Bréfritari: Jakobína Jónsdóttir
Viðtakandi: Sólveig Jónsdóttir
Dagsetning: A-1869-11-18
Skrifað á: Hólmum  S-Múl.
systir bréfviðtakanda

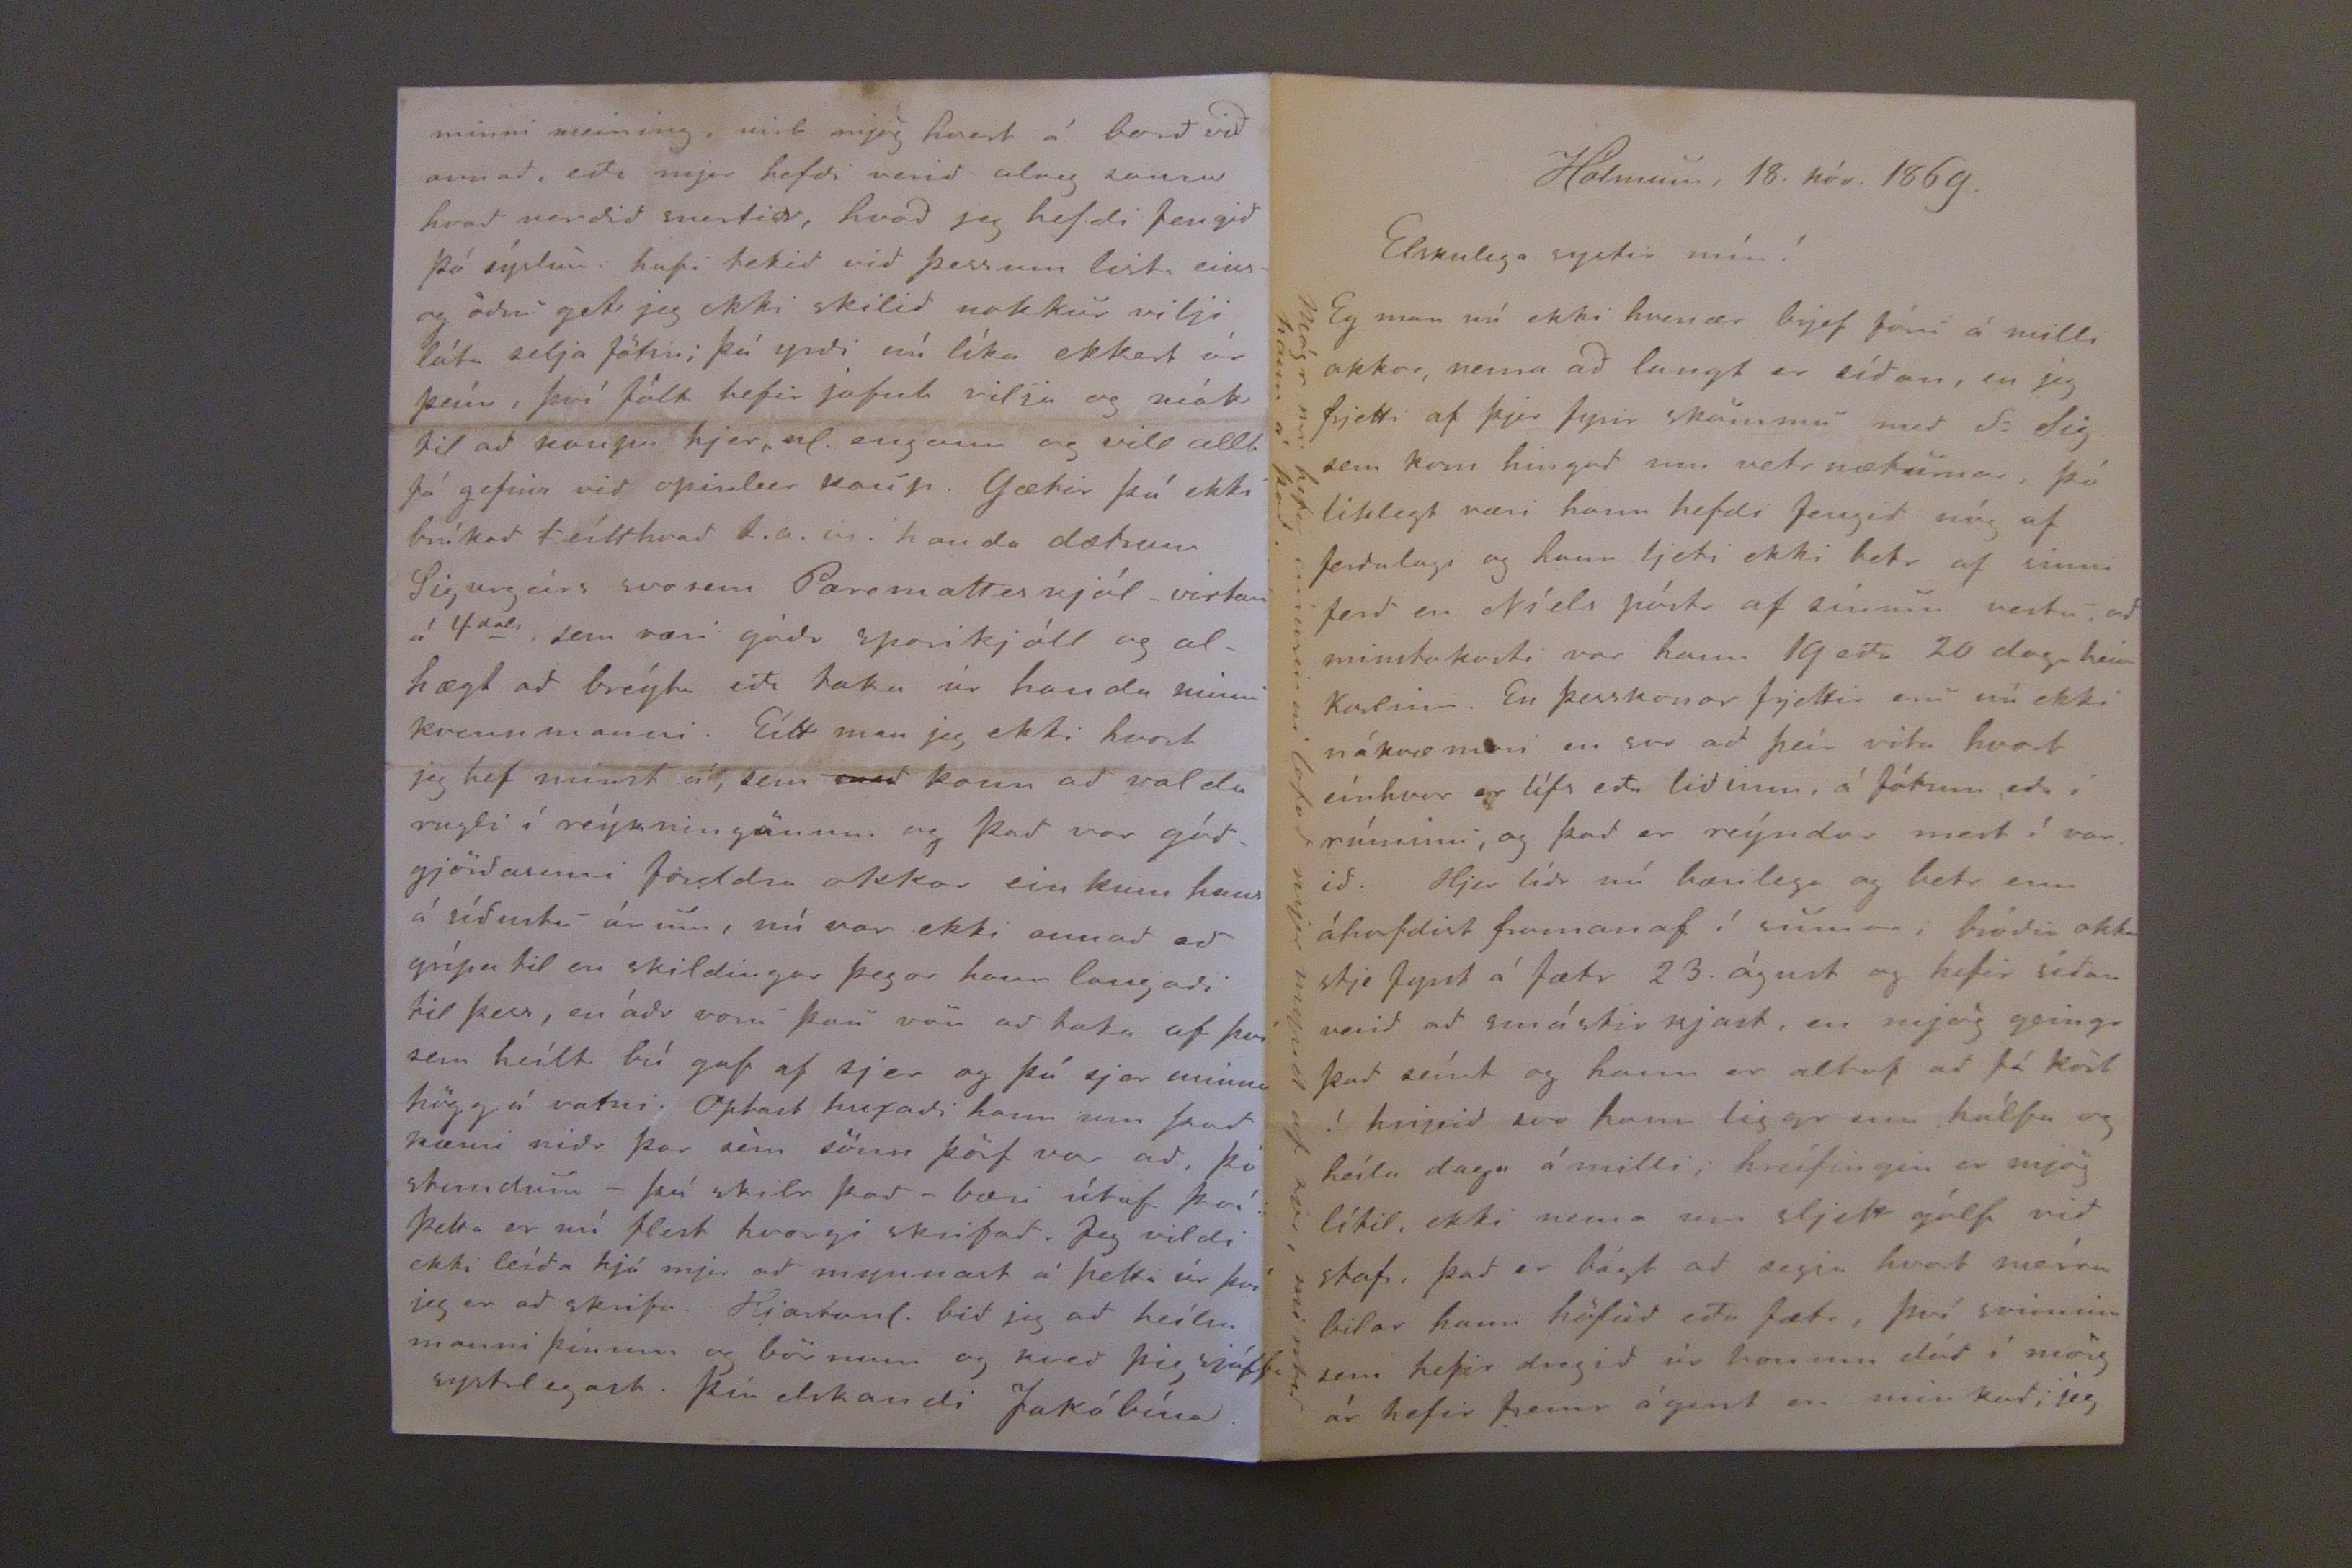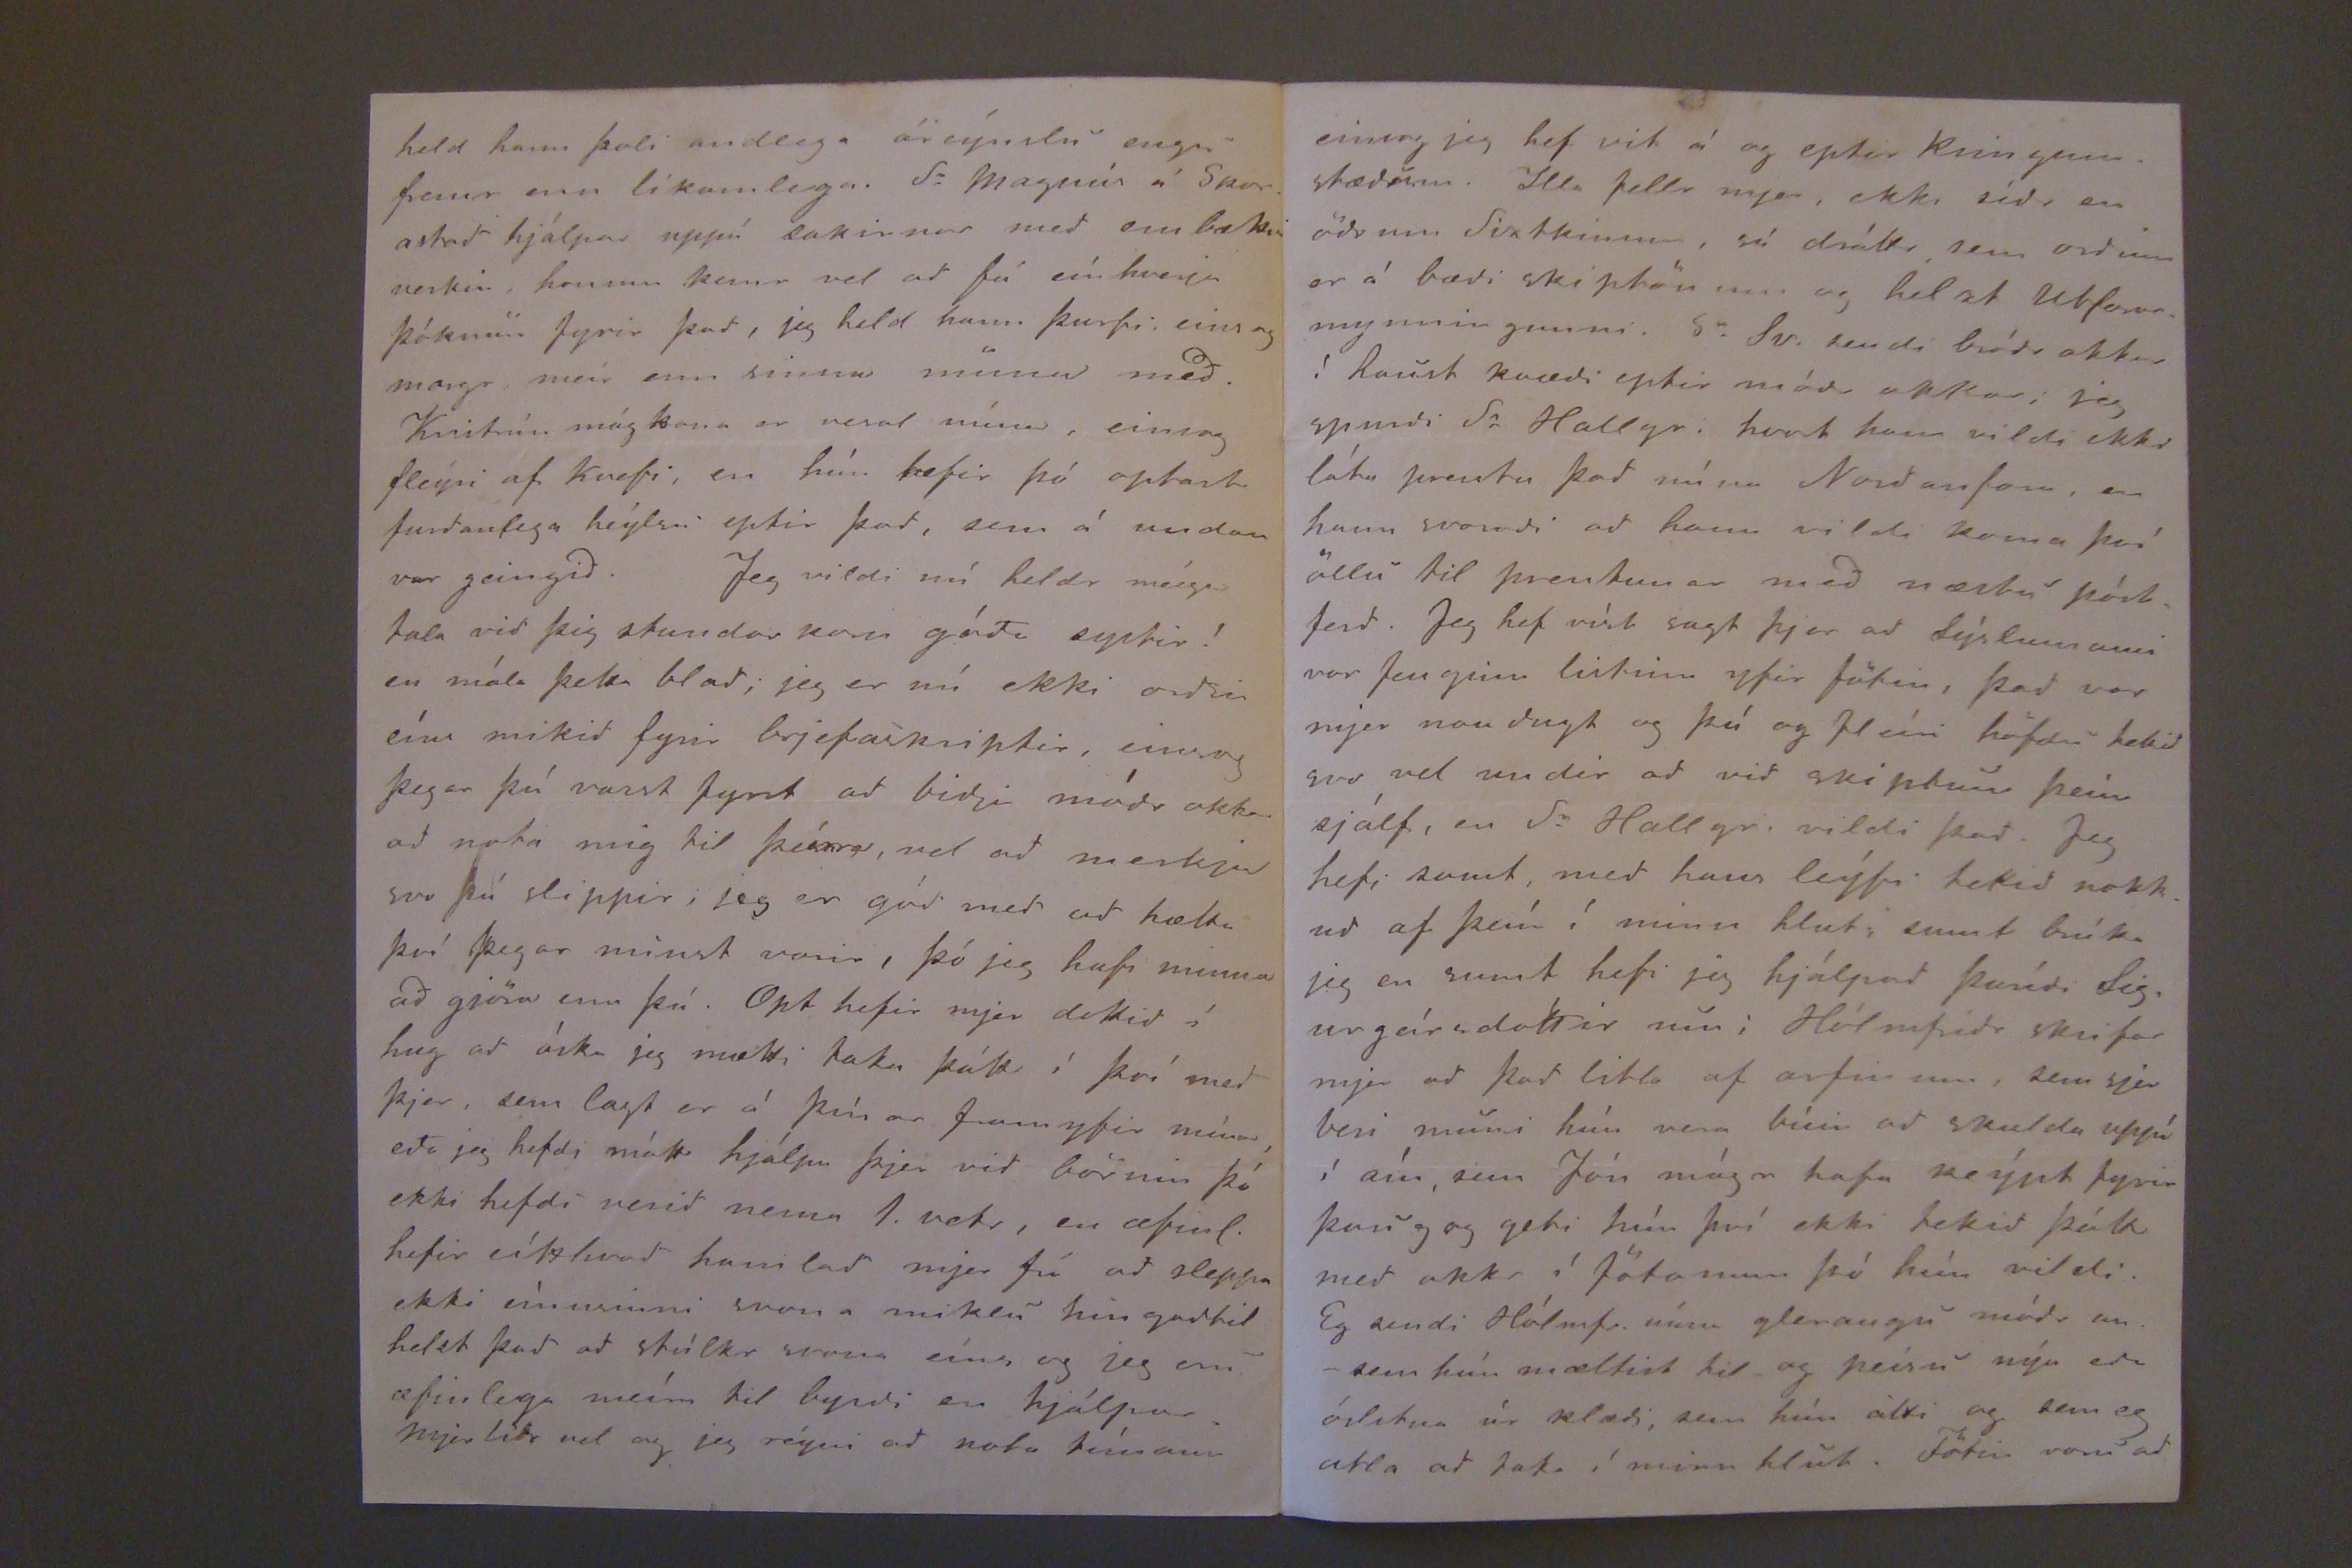

Hólmum, 18. nóv. 1869.
Elskulega systir mín!
Eg man nú ekki hvenær brjef fóru á milli okkar, nema ad langt er sídan, en jeg frjetti af þjer fyrir skömmu med Sr Sig. sem kom hingad um vetr næturnar, þó liklegt væri hann hefdi fengid nóg af ferdalagi og hann ljeti ekki betr af sinni ferd en Níels póstr af sínum vestu, ad minstakosti var hann 19 eda 20 daga heim Karlinn. En þesskonar frjettir eru nú ekki nákvæmari en svo ad þeír vita hvort eínhver er lífs eda lidinn, á fótum eda í rúminu, og þad er reýndar mest í varid. Hjer lídr nú bærilega og betr enn áhorfdist framanaf í sumar; bródir okkar stje fyrst á fætr 23. águst og hefir sídan verid ad smástirkjast, en mjög geingu þad seínt og hann er altaf ad fá köst í hnjeid svo hann liggr um hálfa og heílu daga á milli; hreífingin er mjög lítil, ekki nema um sljett gólf vid stafi, þad er bágt ad segja hvort meíra bilar hann höfud eda fætr, því sviminn sem hefir dregid úr honum alúd í mörg ár hefir fremr ágert en minkad, jeg
Mágr m. hefir
margsinni
lofad mjer mynd af sjer, mintu hann á þad.
held hann þoli andlega áreýnslu engu fremr enn líkamlega. Sr Magnús á Skorastad hjálpar uppí lakirnar med embættisverkin; honum kemr vel ad fá eínhverja þóknun fyrir þad, jeg held hann þurfi eins og margr, meír enn sinna muna med. Kristrún mágkona er vesal núna, einsog fleýri af Kvefi, en hún hefir þó optast furdanlega heýlsa eptir þad, sem á undan var geingid. Jeg vildi nú heldr meíga tala vid þig stundarkorn góda systir! en mála þetta blad; jeg er nú ekki ordin eíns mikid fyrir brjefaskiptir, einsog þegar þú varst fyrst ad bidja módr okkar ad nota mig til þeírra, vel ad merkja svo þú slippir; jeg er gód med ad hætta því þegar minst varir, þó jeg hafi minna ad gjöra enn þú. Opt hefir mjer dottid í hug ad óska jeg mætti taka þátt í því med þjer, sem lagt er á þínar framyfir mína eda jeg hefdi mátt hjálpa þjer vid börnin þó ekki hefdi verid nema 1 vetr, en æfinl. hefir eítthvad hamlad mjer frá ad sleppa ekki eínusinni, svona miklu hingad til helzt þad ad stúlkr svona eíns og jeg eru æfinlega meíra til byrdi en hjálpar. Mjer lidr vel og jeg reýni ad nota tímann
minni meining, mist mjög hvort á bord vid annad, eda mjer hefdi verid alveg sama hvad verdid snertir, hvad jeg hefdi fengid þó sýslun hafi tekid vid essum lista einsog ödru get jeg ekki skilid nokkur vilji láta selja fötin; þú yrdir nú líka ekkert úr þeím, því fátt hefir jafnt vilja og mátt til ad kaupa hjer nl. engann og vill allt fá gefins vid opinber kaup. Gætir þú ekki brúkad
1
eítthvad t.a.m. handa dætrum Sigurgeírs svosem Paramatteskjól -virtan á 4dali sem væri góds sparikjóll og al- hægt ad breýta eda taka úr handa minni kvenmanni. Eítt man jeg ekki hvort jeg hef inst á, sem
med
kan ad valda rugli í reýkningönum og þad var gódgjördasemi Jöddu okkar ein kuns hans á sídustu árum, nú var ekki annad ad grípa til en skildingar þegar hann langadi til þess, en ádr voru þau vör ad taka af því sem heílt bú gaf af sjer og þú sjer minna högg á vatni. Optast huxadi hann um þad kæmi nidr þar sem sönn þörf var ad, þó stundum- þú skildr þad- bæri útaf því þetta er nú flest hvergi skrifad. Jeg vildi ekki leída hjá mjer ad mynnast á þetta úr því jeg er ad skrifa. Hjartanl. bid jeg ad heílsa manni þínum og börnum og kved þig sjálfa systilegst. Þín elskandi Jakóbína.
einsog jeg hef vit á og eptir kringumstædum. Illa fellr mjer, ekki sídr en ödrum Sistkinum, sú dráttr sem ordinn er á bædi skiphönum og helzt Illforn mynningunni. Sr Sv. sendi bródr okkar í haust kvædi eptir módr okkar; jeg spurdi Sr Hallgr. hvort hann vildi ekki láta prenta þad núna Nordanforn, en hann svaradi ad hann vildi koma því öllu til prentunar med næstu póstferd. Jeg hef víst sagt þjer ad Sýslumanni var fenginn listinn yfir Jöfin, þad var mjer naudugt og þú og fleíri höfdu tekid svo vel undir ad vid skiptum þeím sjálf, en Sr Hallgr. vildi þad. Jeg hefi samt, med hans leýfi tekid nokkud af þeím í minn hlut, sumt brúka jeg en sumt hefi jeg hjálpad Þurfídi Sigurgeírsdóttir um; Hólmfrídr skrifar mjer ad þad litla af arfinum, sem sjer veri muni hún vera búin ad skulda uppá í aín, sem Jón mágr hafa keýpt fyrir þaug og geti hún því ekki tekid þátt med okkr í Jötanum þó hún vildi. Eg sendi Hólmfr. núna gleraugu módr m. -sem hún mæltist til og peísu nýu eda óslitna úr klædi, sem hún átti og sem eg ætla ad taka í minn hlut. Fötin voru ad